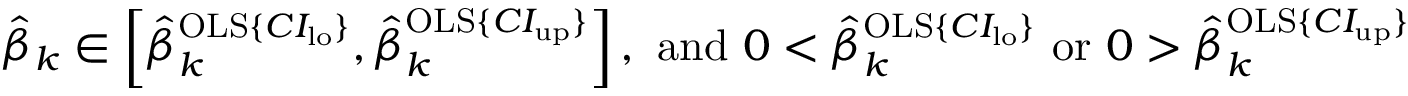
\begin{array} { r } { \hat { \beta } _ { k } \in \left[ \hat { \beta } _ { k } ^ { \mathrm { O L S } \{ C I _ { \mathrm { l o } } \} } , \hat { \beta } _ { k } ^ { \mathrm { O L S } \{ C I _ { \mathrm { u p } } \} } \right] \mathrm { , ~ a n d ~ } 0 < \hat { \beta } _ { k } ^ { \mathrm { O L S } \{ C I _ { \mathrm { l o } } \} } \mathrm { ~ o r ~ } 0 > \hat { \beta } _ { k } ^ { \mathrm { O L S } \{ C I _ { \mathrm { u p } } \} } } \end{array}